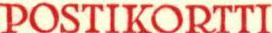
POSTIKORTTI